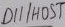
Text: D11/HOST